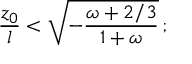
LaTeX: { \frac { z _ { 0 } } { l } } < \sqrt { - { \frac { \omega + 2 / 3 } { 1 + \omega } } } \, ;